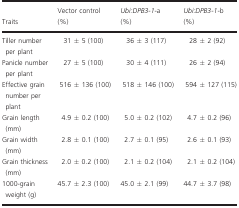
| Traits | Vector control (%) | Ubi:DPB3‐1‐a (%) | Ubi:DPB3‐1‐b (%) |
 | --- | --- | --- | --- |
 | Tiller number per plant | 31 ± 5 (100) | 36 ± 3 (117) | 28 ± 2 (92) |
 | Panicle number per plant | 27 ± 5 (100) | 30 ± 4 (111) | 26 ± 2 (94) |
 | Effective grain number per plant | 516 ± 136 (100) | 518 ± 146 (100) | 594 ± 127 (115) |
 | Grain length (mm) | 4.9 ± 0.2 (100) | 5.0 ± 0.2 (102) | 4.7 ± 0.2 (96) |
 | Grain width (mm) | 2.8 ± 0.1 (100) | 2.7 ± 0.1 (95) | 2.6 ± 0.1 (93) |
 | Grain thickness (mm) | 2.0 ± 0.2 (100) | 2.1 ± 0.2 (104) | 2.1 ± 0.2 (104) |
 | 1000‐grain weight (g) | 45.7 ± 2.3 (100) | 45.0 ± 2.1 (99) | 44.7 ± 3.7 (98) |